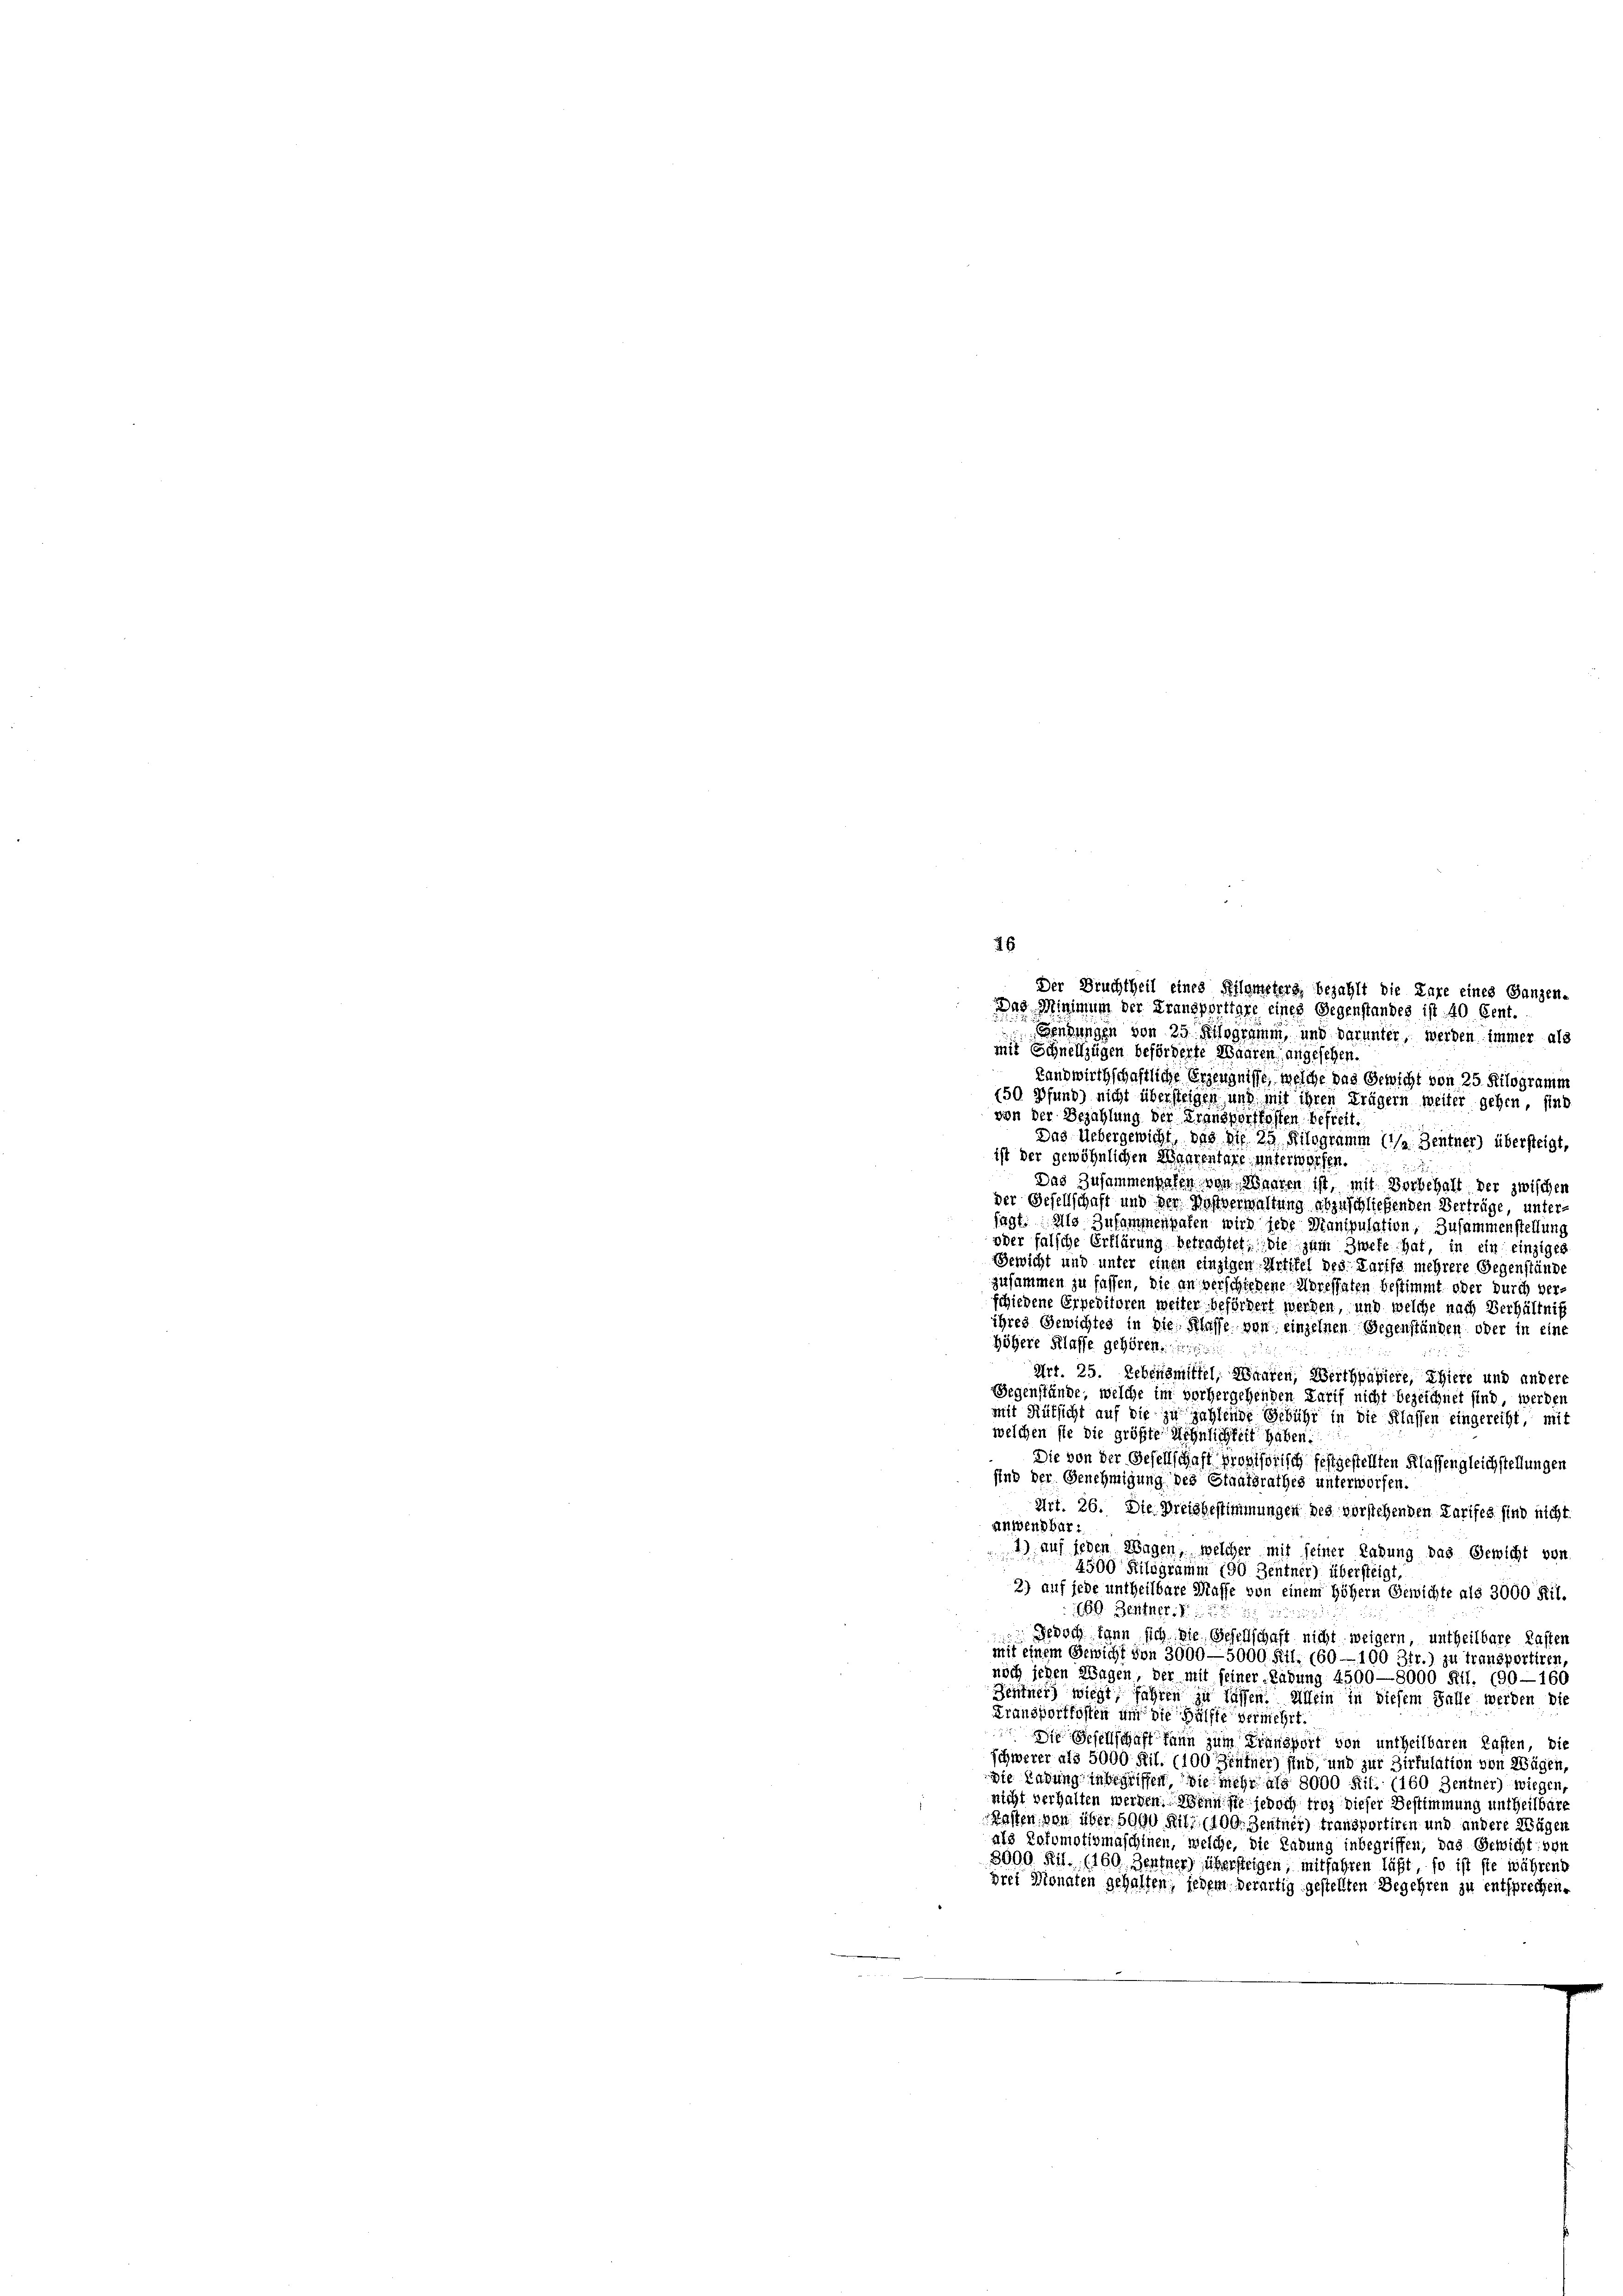
Der Bruchtheil eines Kilometers, bezahlt die Lare eines Ganzen-
Sendungen von 25 Kilogramm und darunter, werden immer als
mit Schnellzügen beförderte Waaren, angesehen.
Landwirthschaftliche Erzeugnisse, welche das Gewicht von 25 Kilogramm
(50 Pfund) nicht übersteigen und mit ihren Trägern weiter gehen, sind
von der Bezahlung der Fransportkosten befreit.
Das Uebergewicht, das die 25 Kilogramm (/a Zentner) übersteigt,
ist der gewöhnlichen Waarentare, unterworfen.
Das Zusammensalen von Waaren ist, mit Vorbehalt der zwischer
der Gesellschaft und den Wostverwaltung abzuschließenden Verträge, untersagt. Als Zusammenpaten wird jede Manipulation, Zusammenstellung
oder falsche Erklärung betrachtet; die zum Zwefe hat, in ein einziges
Gewicht und unter einen einzigen Artikel des Tarifs mehrere Gegenstände
zusammen zu fassen, die an verschiedene Moressaten bestimmt oder durch verschiedene Erpeditoren weiter befördert werden, und welche nach Verhältniß
ihres Gewichtes in die Klasse von einzelnen Gegenständen oder in eine
höhere Klasse gehören.
Art. 25. Lebensmittel, Waaren, Werthpapiere, Thiere und andere
Gegenstände, welche im vorhergehenden Karif nicht bezeichnet sind werden
mit Rüksicht auf die zu zahlende Gebühr in die Klassen eingereiht, mit
welchen sie die größte Höhnlichkeit haben.
Die von der Gesellschaft provisorisch festgestellten Klassengleichstellungen
sind der Genehmigung des Staatsrathes unterworfen.
Art. 26. Die Preisgestimmungen des vorstehenden Tarifes sind nicht
anwendbar.
1) auf jeden Wagen, welcher mit seiner Ladung das Gewicht von
4500 Kilogramm 190 Zentner) übersteigt,
3) auf jede untheilbare Masse von einem höhern Gewichte als 3000 Kit.
159. Zentner.
edoch kann sich die Gesellschaft nicht weigern, untheilbare Kasten
mit einem Gewicht von 3000—5000. Frl. (60—100 3fr.) zu transportiren,
noch jeden Wagen, der mit seiner Labung 4500—8000 Kil. (90—160
Zentner, wiegt, fahren zu lassen. Allein in diesem Falle werden die
Fransportkosten um die Hälfte vermehrt.
 Die Gesellschaft kann zum Fransport von untheilbaren Lasten, die
Schwerer als 5000. Ril. (100 Zentner) sind, und zur Dirfulation von Wägen,
Die Ladung inbegriffen die mehr als 8000 Kil. (160 Zentner) wiegen,
nicht verhalten werden. Wenn sie jedoch tros dieser Bestimmung untheilbare
asten von über 5000 fil (109. Zentner) transportiren und andere Wägen
als Potomotivmaschinen, welche, die Labung inbegriffen, das Gewicht von
3000. Ril., (160. Zentner) übersteigen, mitfahren läßt, so ist ste während
drei Monaten gehalten; jedem derartig gestellten Begehren zu entsprechen,

26

Das Minimum der Fransporttare eines Gegenstandes ist 40 Gent.